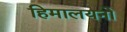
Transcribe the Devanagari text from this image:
हिमालयनो